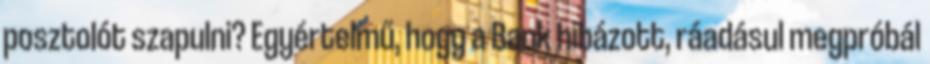
posztolót szapulni? Egyértelmű, hogy a Bank hibázott, ráadásul megpróbál